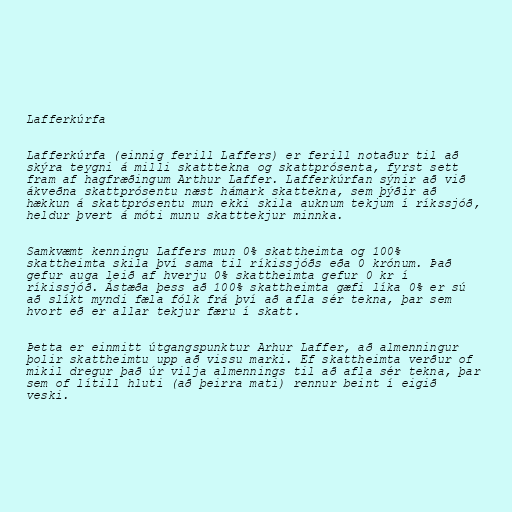
Lafferkúrfa

Lafferkúrfa (einnig ferill Laffers) er ferill notaður til að
skýra teygni á milli skatttekna og skattprósenta, fyrst sett
fram af hagfræðingum Arthur Laffer. Lafferkúrfan sýnir að við
ákveðna skattprósentu næst hámark skattekna, sem þýðir að
hækkun á skattprósentu mun ekki skila auknum tekjum í ríkssjóð,
heldur þvert á móti munu skatttekjur minnka.

Samkvæmt kenningu Laffers mun 0% skattheimta og 100%
skattheimta skila því sama til ríkissjóðs eða 0 krónum. Það
gefur auga leið af hverju 0% skattheimta gefur 0 kr í
ríkissjóð. Ástæða þess að 100% skattheimta gæfi líka 0% er sú
að slíkt myndi fæla fólk frá því að afla sér tekna, þar sem
hvort eð er allar tekjur færu í skatt.

Þetta er einmitt útgangspunktur Arhur Laffer, að almenningur
þolir skattheimtu upp að vissu marki. Ef skattheimta verður of
mikil dregur það úr vilja almennings til að afla sér tekna, þar
sem of lítill hluti (að þeirra mati) rennur beint í eigið
veski.